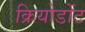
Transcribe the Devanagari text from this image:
क्रियोडोंट